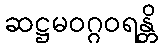
ဆဋ္ဌမဝဂ္ဂဝရန္တိ